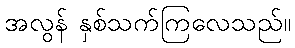
အလွန် နှစ်သက်ကြလေသည်။